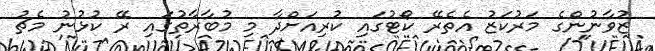
ޒުވާނުންގެ މަރުކަޒު އެތެރޭ ކޯޓުގައި ކުރިއަށްދާ މި މުބާރާތުގައި ރޭ ކުޅުނު މެޗު